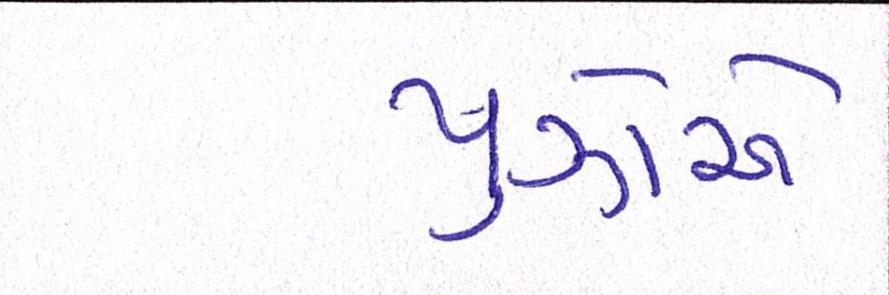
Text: પુઝોએ